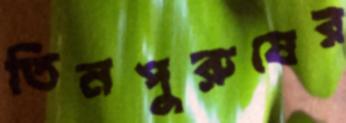
তিনপুরুষের